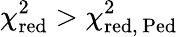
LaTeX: \chi_{\mathrm{red}}^{2}>\chi_{\mathrm{red,\, Ped}}^{2}